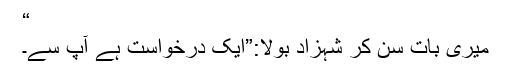
“
میری بات سن کر شہزاد بولا:”ایک درخواست ہے آپ سے۔